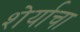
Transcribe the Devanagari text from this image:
शेर्याचा